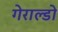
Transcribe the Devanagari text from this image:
गेराल्डो